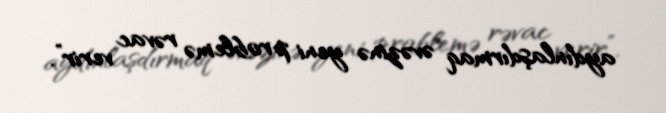
aydınlaşdırmaq əvəzinə yeni problemə rəvac verir”.